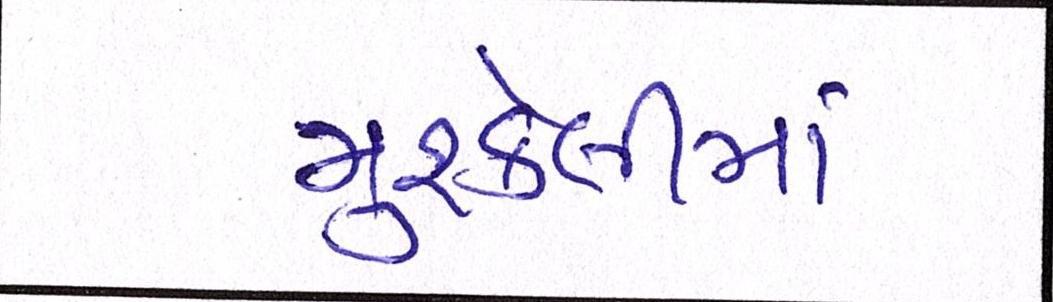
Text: મુશ્કેલીમાં